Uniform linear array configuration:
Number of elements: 8
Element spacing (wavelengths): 0.5
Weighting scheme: cosine
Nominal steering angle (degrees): -30
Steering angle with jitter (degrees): -28.889
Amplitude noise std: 0.05
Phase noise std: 0.05

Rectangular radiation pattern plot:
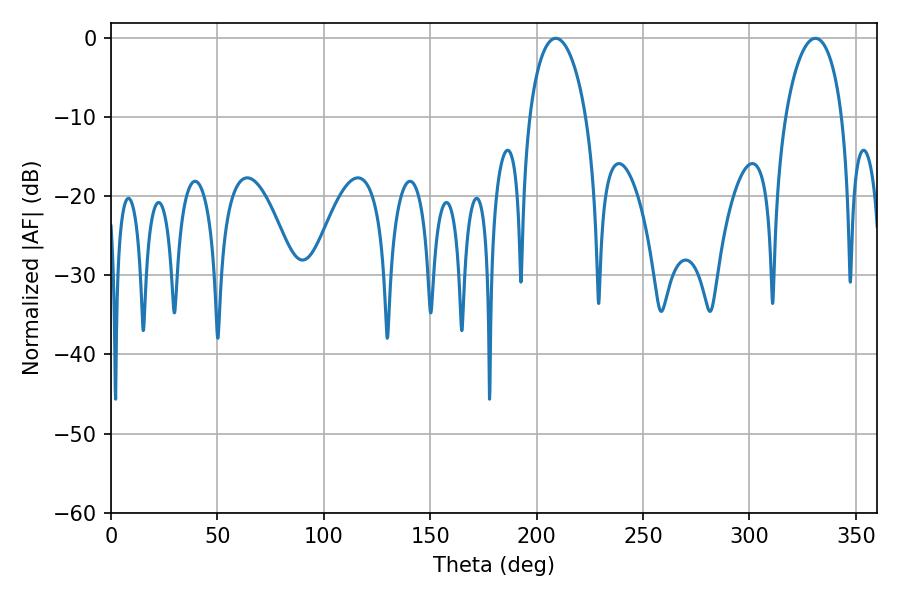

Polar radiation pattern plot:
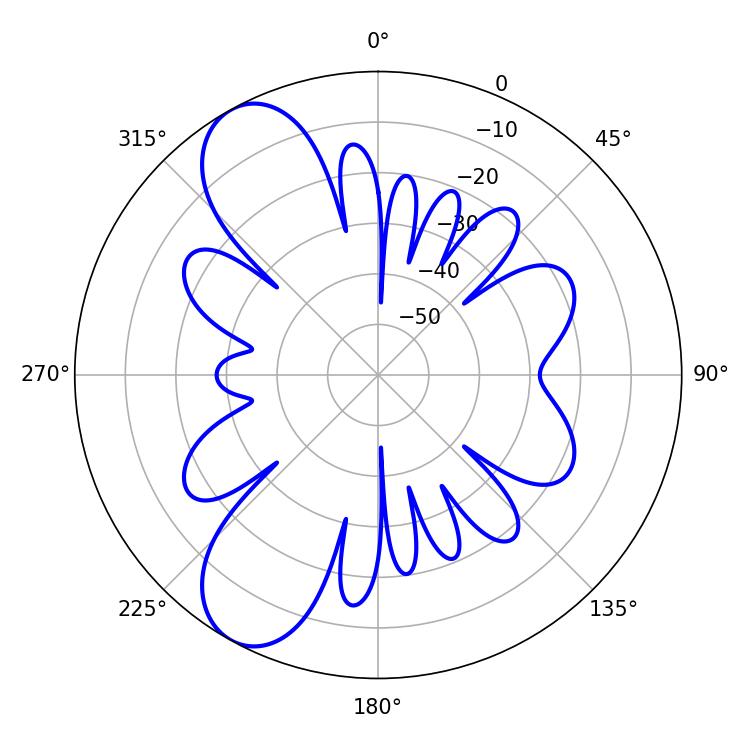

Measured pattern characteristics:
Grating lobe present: FALSE
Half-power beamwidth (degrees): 15.3
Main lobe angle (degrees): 208.98